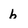
Character: b